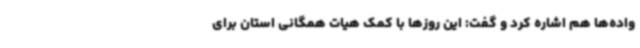
واده‌ها هم اشاره کرد و گفت: این روزها با کمک هیات همگانی استان برای